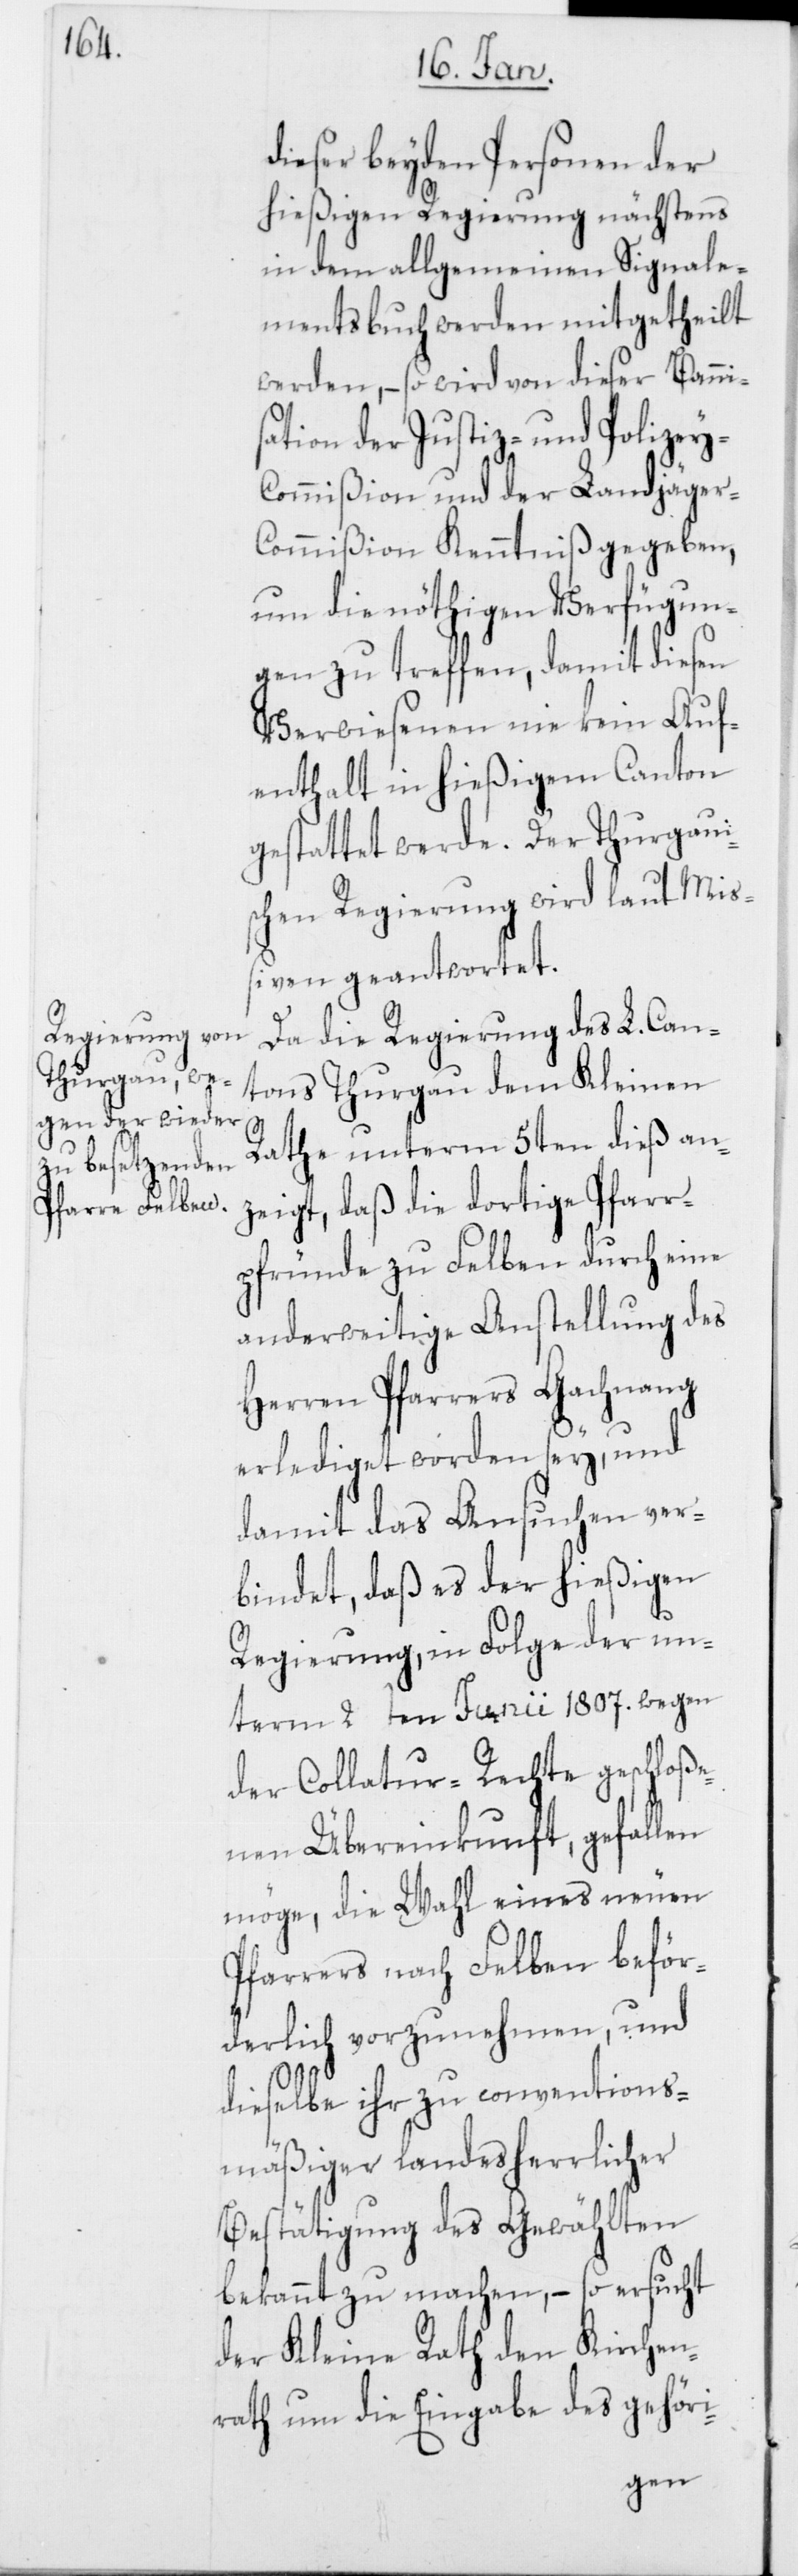
dieser beyden Personen der
hießigen Regierung nächstens
in dem allgemeinen Signale¬
mentsbuch werden mitgetheilt
werden, – so wird von dieser Banni¬
sation der Justiz- und Polizey-C¬
ommißion und der Landjäger-C¬
ommißion Kenntniß gegeben,
um die nöthigen Verfügun¬
gen zu treffen, damit diesen
Verwiesenen nie kein Auf¬
enthalt in hießigem Canton
gestattet werde. Der Thurgaui¬
schen Regierung wird laut Miß¬
iven geantwortet.
Da die Regierung des L. Can¬
tons Thurgau dem Kleinen
Rath unterm 5ten dieß an¬
zeigt, daß die dortige Pfarr¬
pfründe zu Felben durch eine
anderweitige Anstellung des
Herren Pfarrers Gachnang
erlediget worden sey, und
damit das Ansuchen ver¬
bindet, daß es der hießigen
Regierung, in Folge der un¬
term 2ten Junii 1807. wegen
der Collatur-Rechte geschloße¬
nen Übereinkunft, gefallen
möge, die Wahl eines neuen
Pfarrers nach Felben beför¬
derlich vorzunehmen, und
dieselbe ihr zu conventions¬
mäßiger landesherrlicher
Bestätigung des Gewählten
bekannt zu machen, – so ersucht
der Kleine Rath den Kirchen¬
rath um die Eingabe des gehöri-